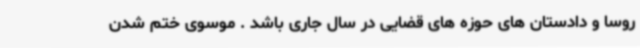
روسا و دادستان های حوزه های قضایی در سال جاری باشد . موسوی ختم شدن